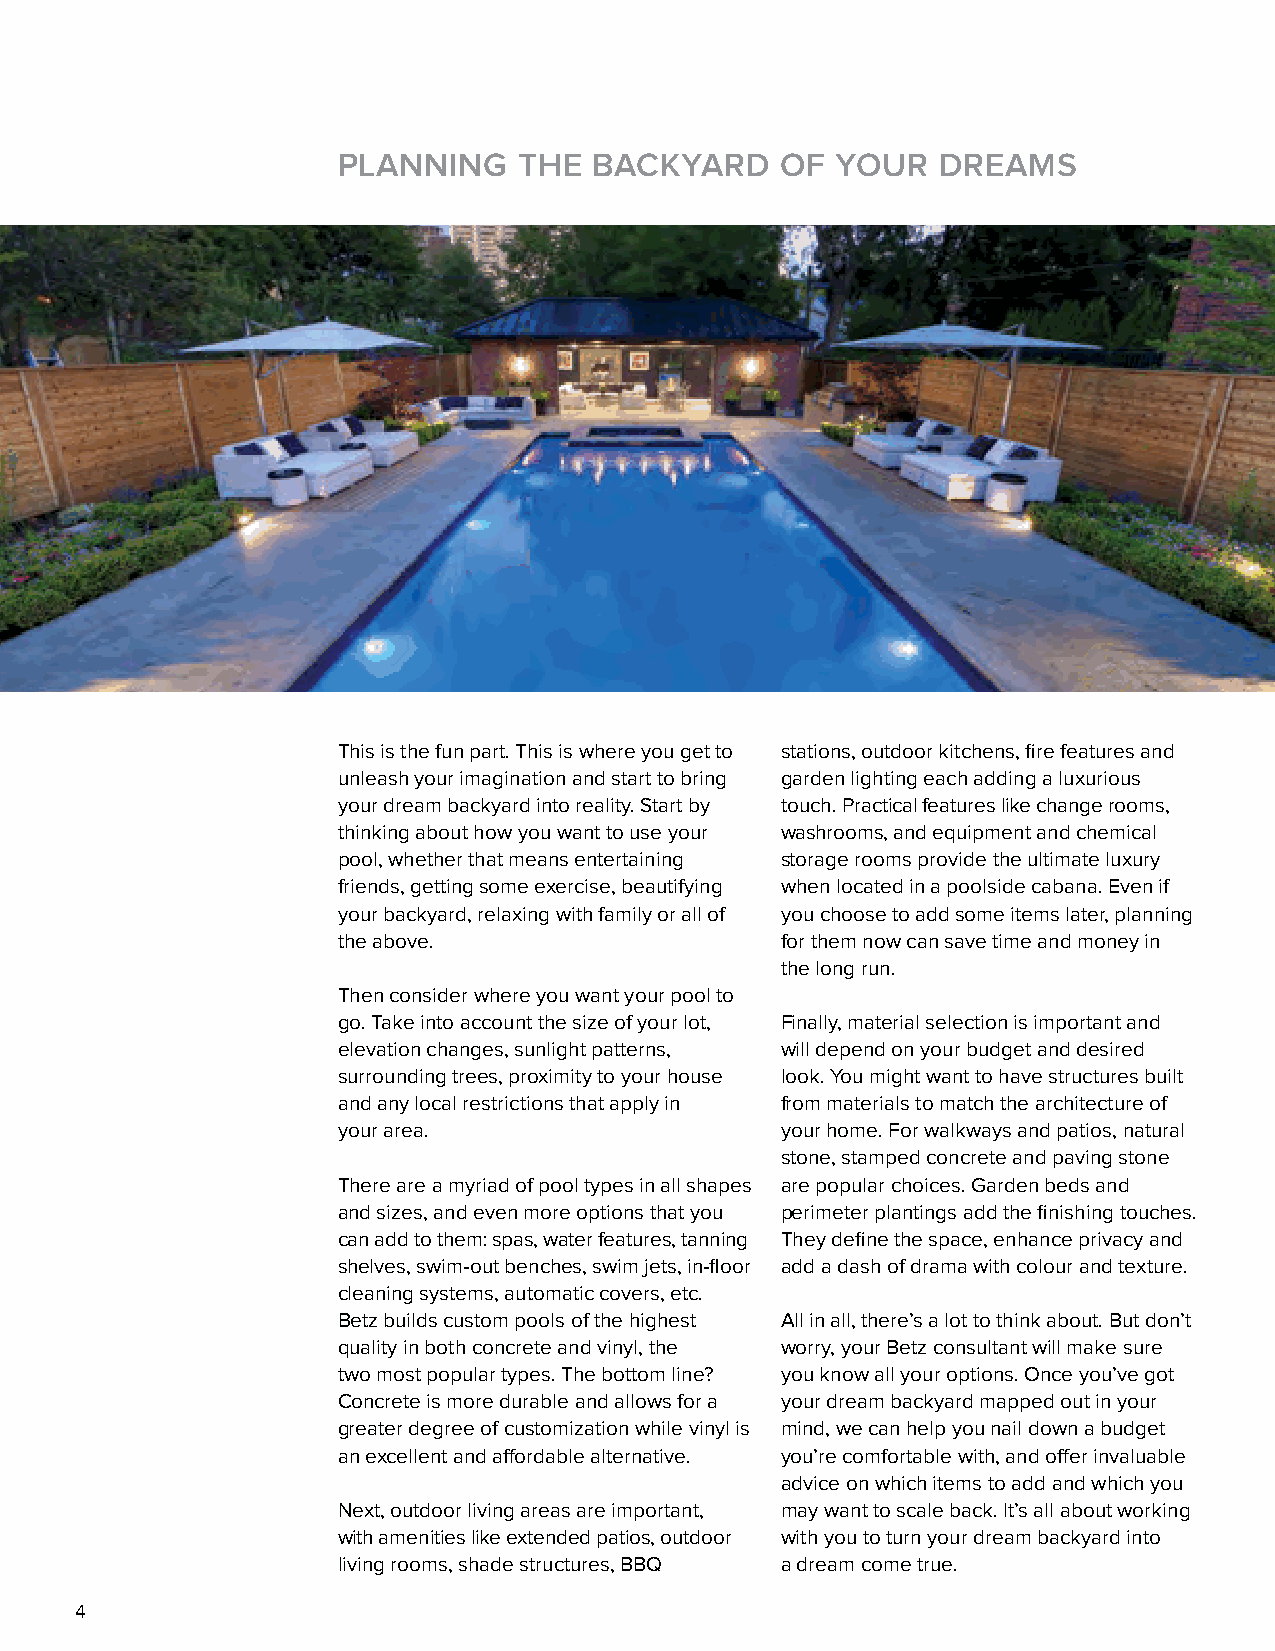
PLANNING    THE  BACKYARD     OF YOUR   DREAMS
 This is the fun part. This is where you get to stations, outdoor kitchens, fire features and
 unleash your imagination and start to bring garden lighting each adding a luxurious
 your dream backyard into reality. Start by touch. Practical features like change rooms,
 thinking about how you want to use your washrooms, and equipment and chemical
 pool, whether that means entertaining storage rooms provide the ultimate luxury
 friends, getting some exercise, beautifying when located in a poolside cabana. Even if
 your backyard, relaxing with family or all of you choose to add some items later, planning
 the above.                    for them now can save time and money in
 the long run.
 Then consider where you want your pool to
 go. Take into account the size of your lot, Finally, material selection is important and
 elevation changes, sunlight patterns, will depend on your budget and desired
 surrounding trees, proximity to your house look. You might want to have structures built
 and any local restrictions that apply in from materials to match the architecture of
 your area.                    your home. For walkways and patios, natural
 stone, stamped concrete and paving stone
 There are a myriad of pool types in all shapes are popular choices. Garden beds and
 and sizes, and even more options that you perimeter plantings add the finishing touches.
 can add to them: spas, water features, tanning They define the space, enhance privacy and
 shelves, swim-out benches, swim jets, in-floor add a dash of drama with colour and texture.
 cleaning systems, automatic covers, etc.
 Betz builds custom pools of the highest All in all, there’s a lot to think about. But don’t
 quality in both concrete and vinyl, the worry, your Betz consultant will make sure
 two most popular types. The bottom line? you know all your options. Once you’ve got
 Concrete is more durable and allows for a your dream backyard mapped out in your
 greater degree of customization while vinyl is mind, we can help you nail down a budget
 an excellent and affordable alternative. you’re comfortable with, and offer invaluable
 advice on which items to add and which you
 Next, outdoor living areas are important, may want to scale back. It’s all about working
 with amenities like extended patios, outdoor with you to turn your dream backyard into
 living rooms, shade structures, BBQ a dream come true.
 4